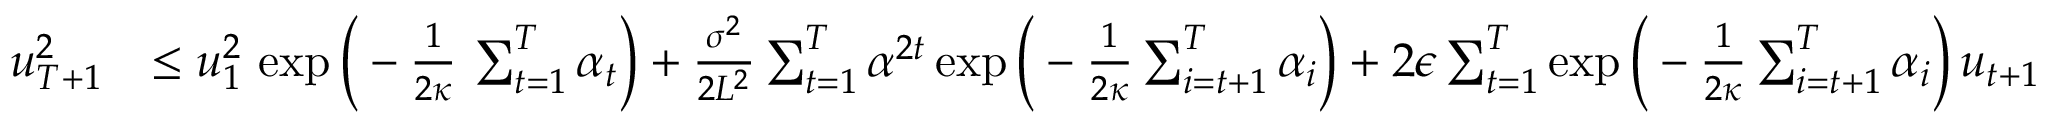
\begin{array} { r l } { u _ { T + 1 } ^ { 2 } } & { \leq u _ { 1 } ^ { 2 } \, \exp \bigg ( - \frac { 1 } { 2 \kappa } \, \sum _ { t = 1 } ^ { T } { \alpha _ { t } } \bigg ) + \frac { \sigma ^ { 2 } } { 2 L ^ { 2 } } \sum _ { t = 1 } ^ { T } { \alpha ^ { 2 t } } \exp \bigg ( - \frac { 1 } { 2 \kappa } \sum _ { i = t + 1 } ^ { T } \alpha _ { i } \bigg ) + 2 \epsilon \sum _ { t = 1 } ^ { T } \exp \bigg ( - \frac { 1 } { 2 \kappa } \sum _ { i = t + 1 } ^ { T } \alpha _ { i } \bigg ) \, u _ { t + 1 } } \end{array}